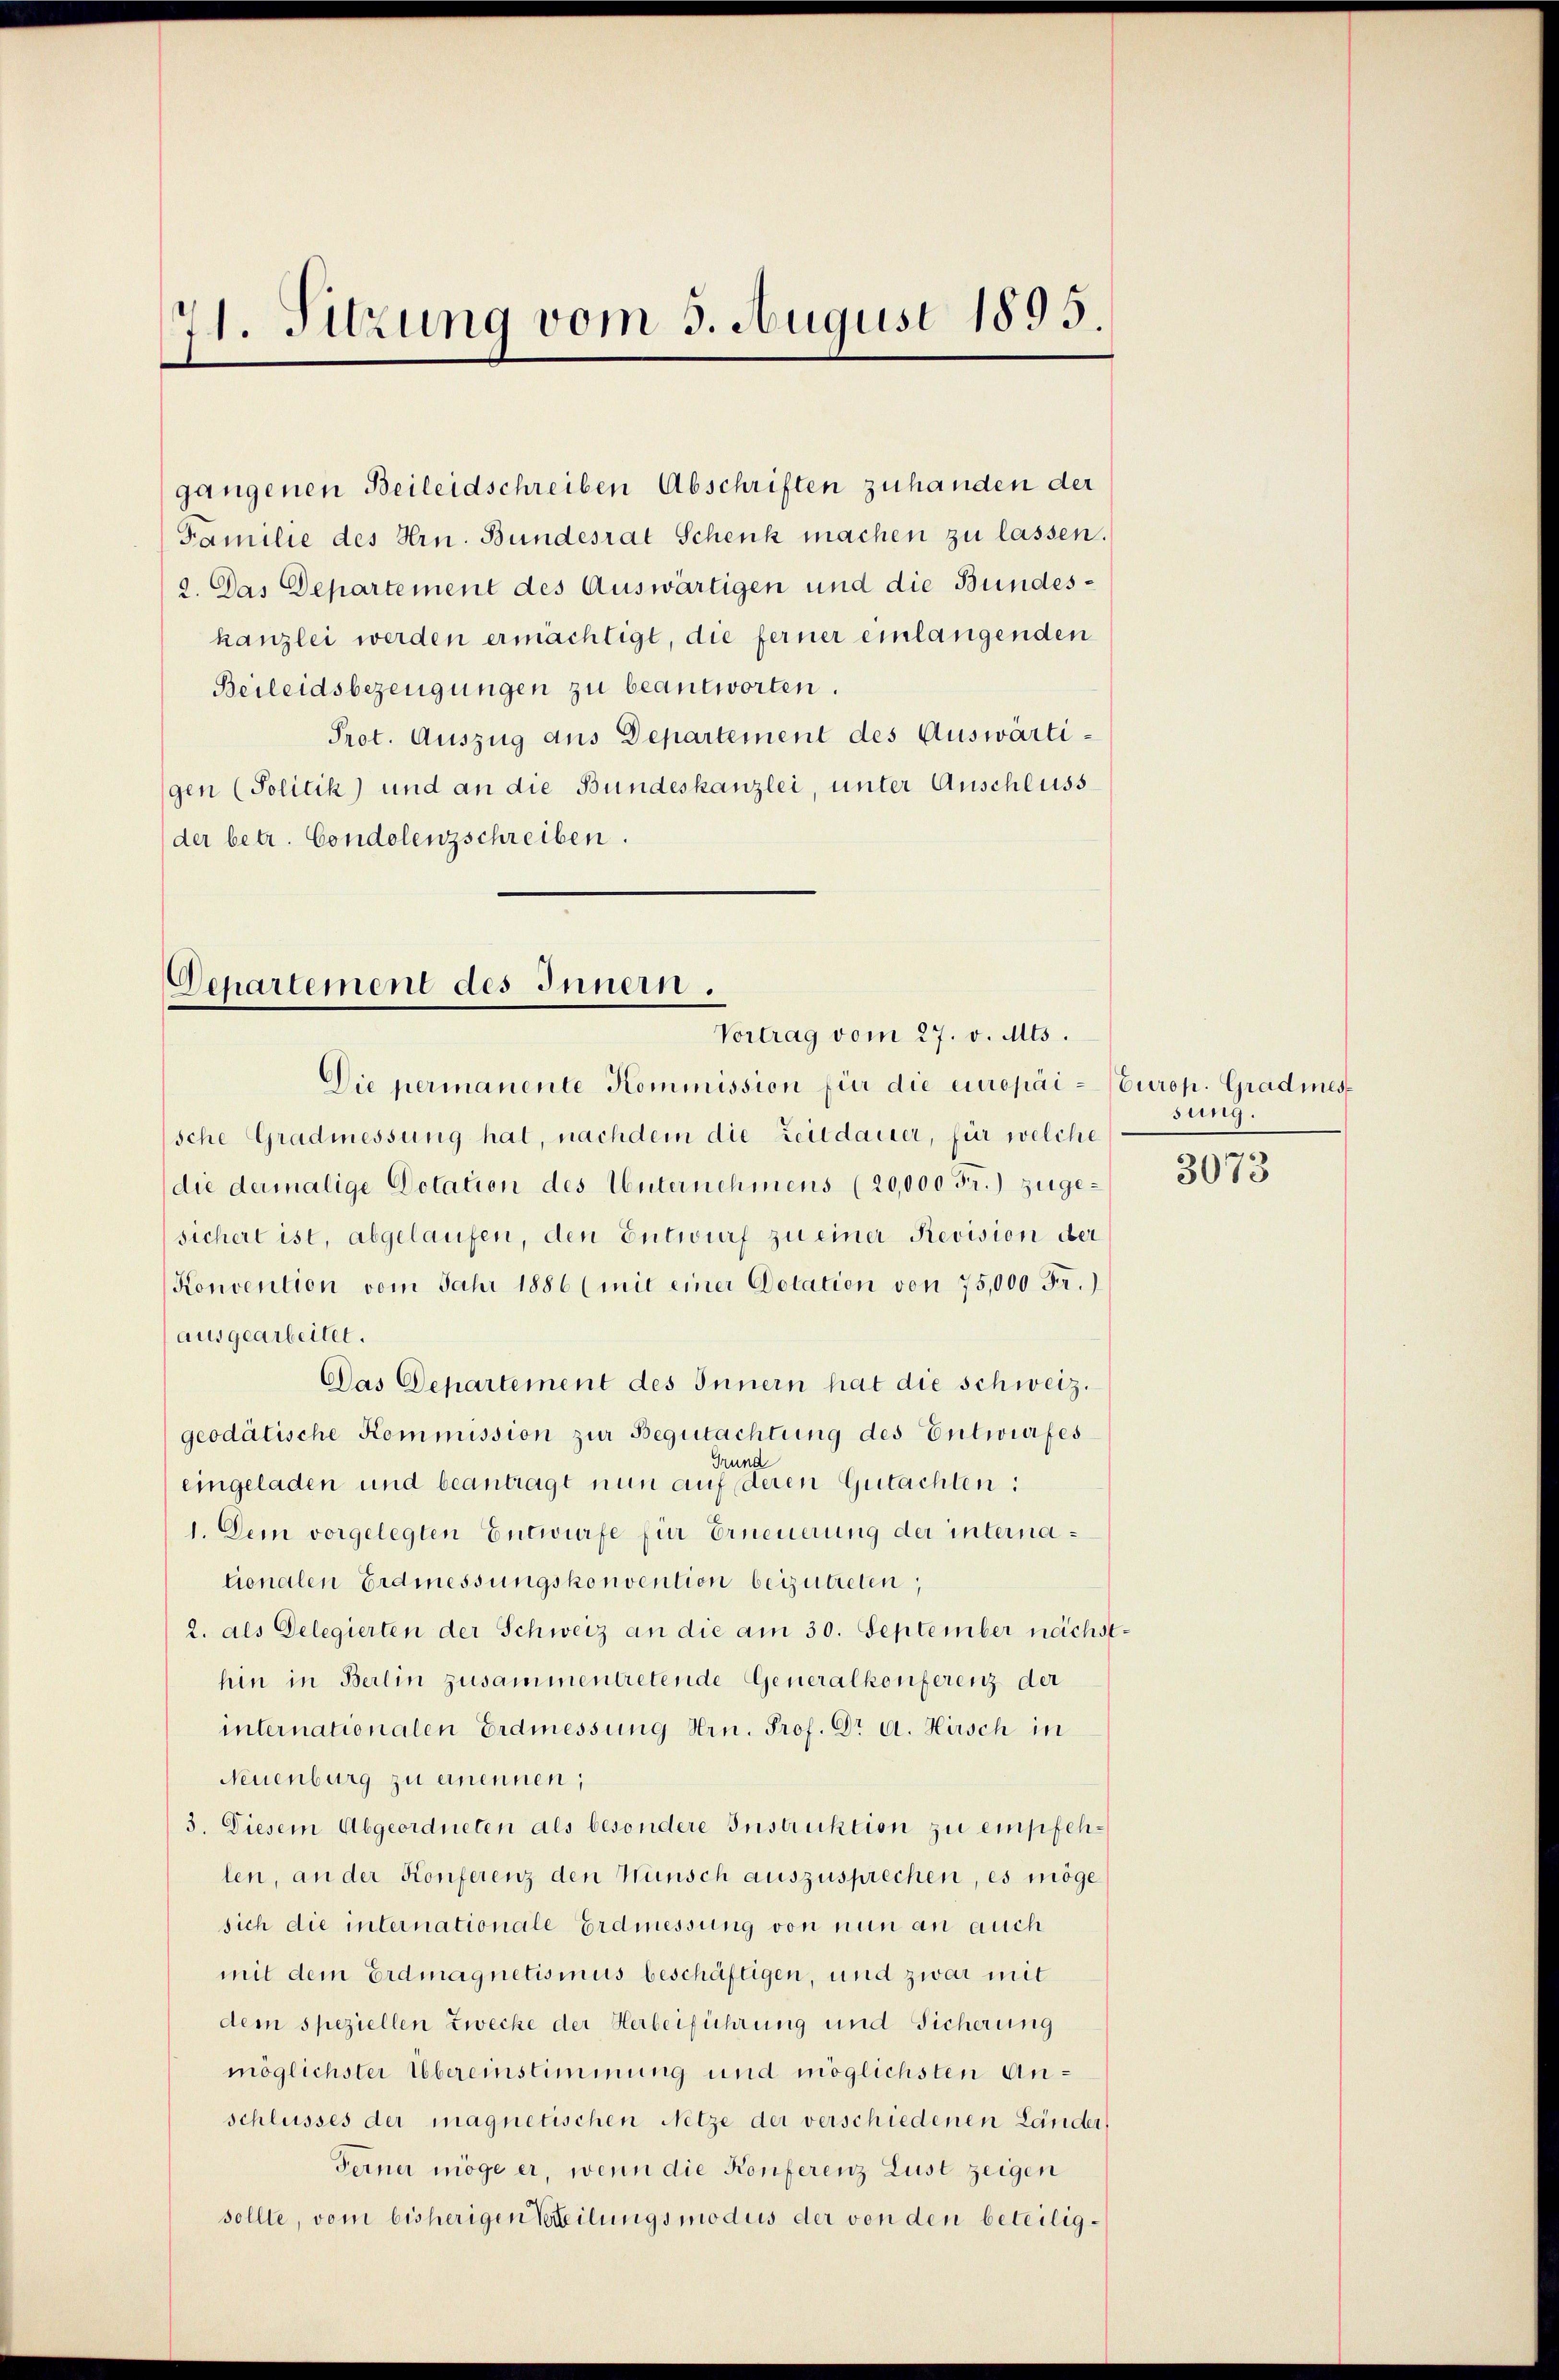
71. Sitzung vom 3. August 1893.

gangenen Beileidschreiben Abschriften zuhanden der
Familie des Hrn. Bundesrat Schenk machen zu lassen.
2. Das Departement des Auswärtigen und die Bundeskanzlei werden ermächtigt, die ferner einlangenden
Beileidsbezeugungen zu beantworten.
Prot. Auszug aus Departement des Auswärtigen (Politik) und an die Bundeskanzlei, unter Anschluss
der betr. Condolenzschreiben.

Departement des Innern.
Vortrag vom 27. v. Mts.

Die permanente Kommission für die europai- Europ. Gradmes¬

sche Gradmessung hat, nachdem die Zeitdaurer, für welche
(die dermalige Dotation des Unternehmens (20,000 Fr.) zugesichert ist, abgelaufen, den Entwurf zu einer Revision der
Konvention vom Jahr 1886 (mit einer Dotation von 75,000 Fr.)
ausgearbeitet.
Das Departement des Innern hat die schweiz.
geodätische Kommission zur Begutachtung des Entwurfes
Grund
eingeladen und beantragt nun auf deren Gutachten:
1. Dem vorgelegten Entwurfe für Erneuerung der internationalen Erdmessungskonvention beizutreten,
2. als Delegierten der Schweiz an die am 30. September nächsthin in Berlin zusammentretende Generalkonferenz der
internationalen Erdmessung Hrn. Prof. Dr A. Hirsch in
Neuenburg zu einennen;
3. Diesem Abgeordneten als besondere Instruktion zu empfehlen, an der Konferenz den Wünsch auszusprechen, es möge
sich die internationale Erdmessung von nun an auch
mit dem Erdmagnetismus beschäftigen, und zwar mit
dem speziellen Zwecke der Herbeiführung und Sicherung
möglichster Übereinstimmung und möglichsten Anschlusses der magnetischen Netze der verschiedenen Länder
Ferner möge er, wenn die Konferenz Lust zeigen
sollte, vom bisherigen Teilungsmodus der von den beteilig¬

sung.

3073